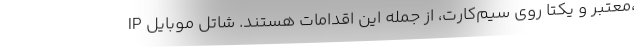
IP معتبر و یکتا روی سیم‌کارت، از جمله این اقدامات هستند. شاتل موبایل،